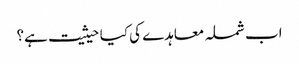
اب شملہ معاہدے کی کیا حیثیت ہے؟